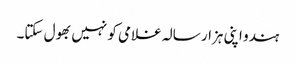
ہندو اپنی ہزار سالہ غلامی کو نہیں بھول سکتا۔